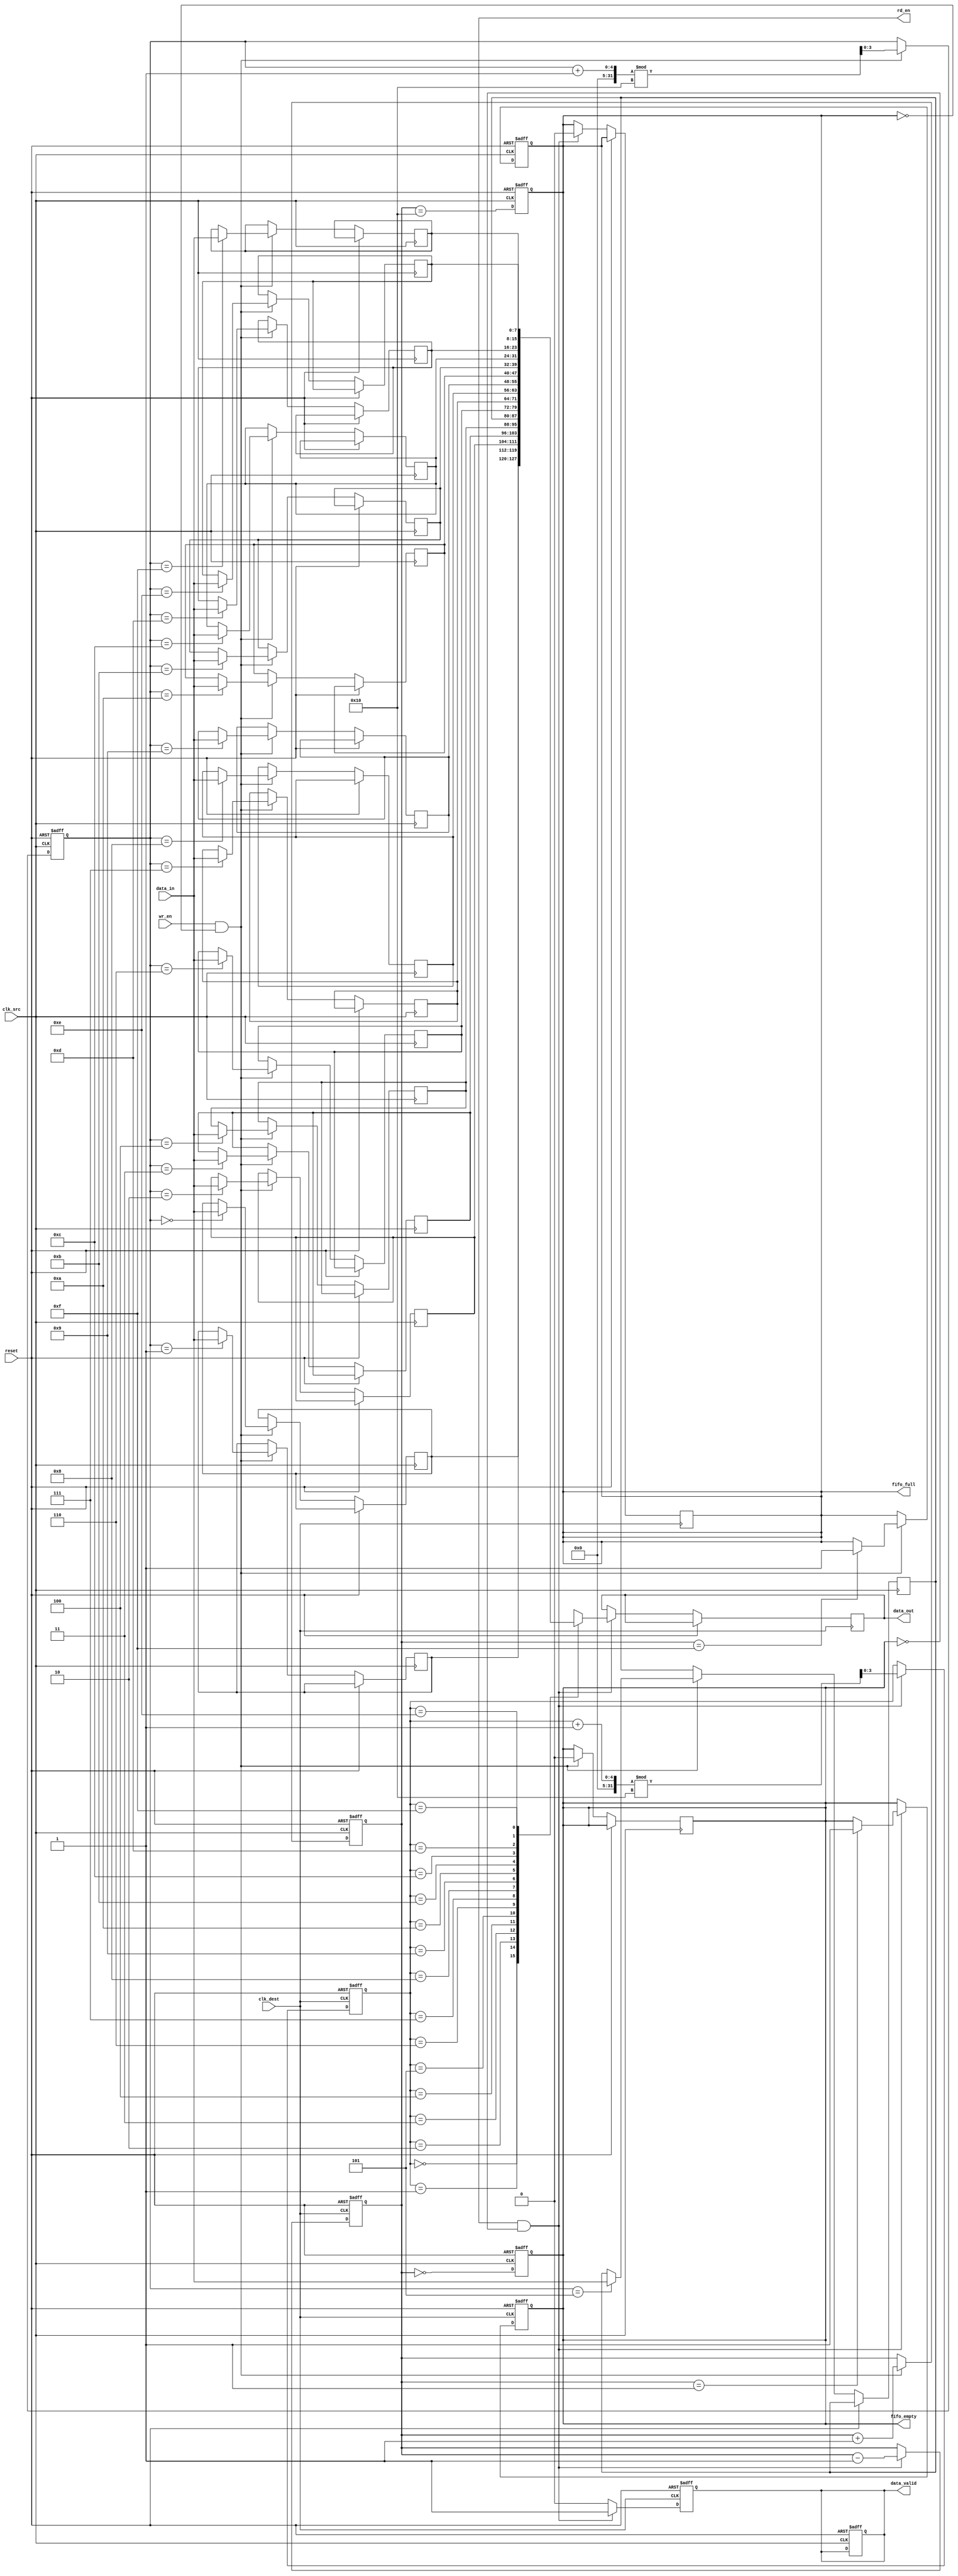
module fifo_synchronizer #(
    parameter DATA_WIDTH = 8,  // Width of the data
    parameter FIFO_DEPTH = 16   // Depth of the FIFO
)(
    input wire clk_src,         // Source clock
    input wire clk_dest,        // Destination clock
    input wire reset,           // Asynchronous reset
    input wire wr_en,           // Write enable signal
    input wire [DATA_WIDTH-1:0] data_in, // Data input
    output reg rd_en,           // Read enable signal
    output reg [DATA_WIDTH-1:0] data_out, // Data output
    output reg fifo_full,       // FIFO full flag
    output reg fifo_empty,      // FIFO empty flag
    output reg data_valid       // Data valid signal
);

    // FIFO memory array
    reg [DATA_WIDTH-1:0] fifo_mem [0:FIFO_DEPTH-1];

    // Write pointer and read pointer
    reg [clog2(FIFO_DEPTH)-1:0] w_ptr = 0;
    reg [clog2(FIFO_DEPTH)-1:0] r_ptr = 0;

    // Count of elements in FIFO
    reg [clog2(FIFO_DEPTH+1)-1:0] count = 0;

    // Function to calculate log2
    function integer clog2;
        input integer value;
        begin
            value = value - 1;
            for (clog2 = 0; value > 0; clog2 = clog2 + 1)
                value = value >> 1;
        end
    endfunction

    // Write operation on source clock
    always @(posedge clk_src or posedge reset) begin
        if (reset) begin
            w_ptr <= 0;
            count <= 0;
            fifo_full <= 0;
            data_valid <= 0;
        end else if (wr_en && !fifo_full) begin
            fifo_mem[w_ptr] <= data_in;
            w_ptr <= (w_ptr + 1) % FIFO_DEPTH;
            count <= count + 1;

            // Update full flag
            if (count == FIFO_DEPTH - 1)
                fifo_full <= 1;
            fifo_empty <= 0;
        end
    end

    // Read operation on destination clock
    always @(posedge clk_dest or posedge reset) begin
        if (reset) begin
            r_ptr <= 0;
            count <= 0;
            fifo_empty <= 1;
            data_valid <= 0;
        end else if (rd_en && !fifo_empty) begin
            data_out <= fifo_mem[r_ptr];
            r_ptr <= (r_ptr + 1) % FIFO_DEPTH;
            count <= count - 1;

            // Update empty flag
            if (count == 1)
                fifo_empty <= 1;
            fifo_full <= 0;
            data_valid <= 1; // Signal that valid data is available
        end else begin
            data_valid <= 0; // No valid data if not reading
        end
    end

    // Update flags based on count
    always @(posedge clk_src or posedge reset) begin
        if (reset) begin
            fifo_full <= 0;
            fifo_empty <= 1;
        end else begin
            fifo_full <= (count == FIFO_DEPTH);
            fifo_empty <= (count == 0);
        end
    end

endmodule